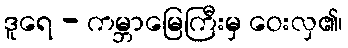
ဒူရေ - ကမ္ဘာမြေကြီးမှ ဝေးလှ၏၊